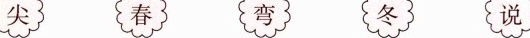
尖 春 弯 冬 说